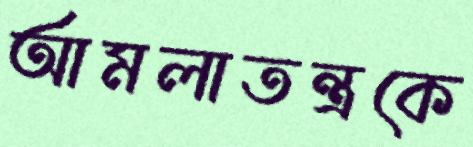
আমলাতন্ত্রকে